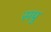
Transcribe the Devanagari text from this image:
सप्रु